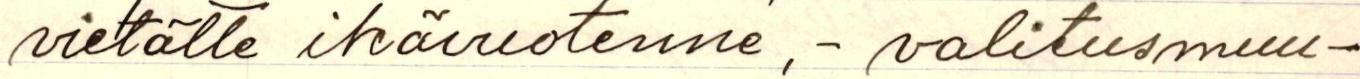
vietätte ikävuotenne, - valitus muu-